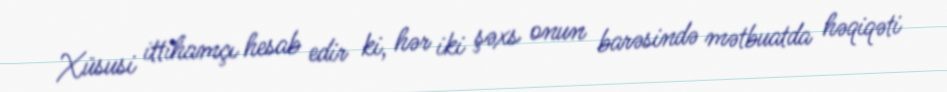
Xüsusi ittihamçı hesab edir ki, hər iki şəxs onun barəsində mətbuatda həqiqəti